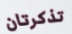
تذكرتان